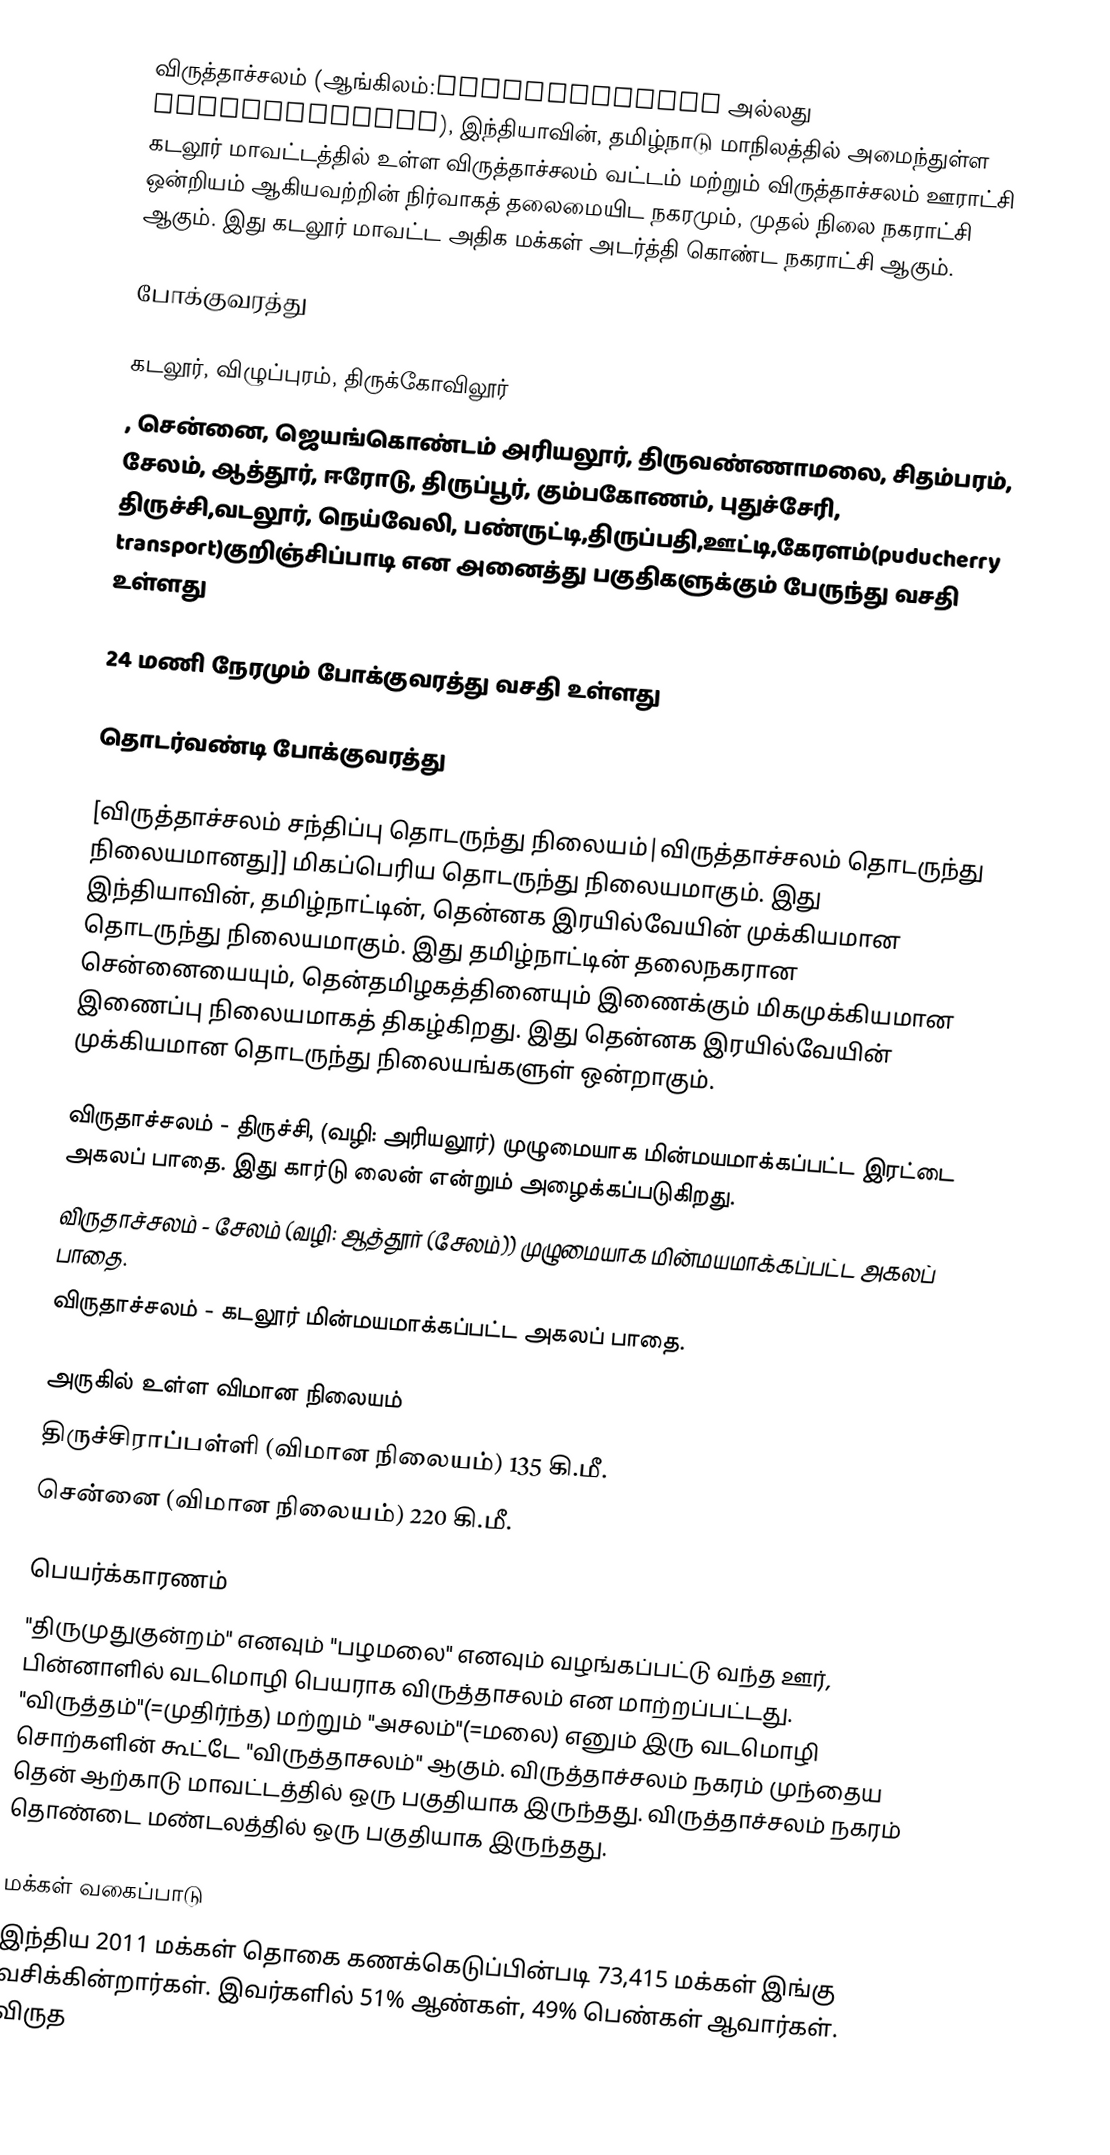
விருத்தாச்சலம் (ஆங்கிலம்:Vriddhachalam அல்லது Virudhachalam), இந்தியாவின், தமிழ்நாடு மாநிலத்தில் அமைந்துள்ள கடலூர் மாவட்டத்தில் உள்ள விருத்தாச்சலம் வட்டம் மற்றும் விருத்தாச்சலம் ஊராட்சி ஒன்றியம் ஆகியவற்றின் நிர்வாகத் தலைமையிட நகரமும், முதல் நிலை நகராட்சி ஆகும். இது கடலூர் மாவட்ட அதிக மக்கள் அடர்த்தி கொண்ட நகராட்சி ஆகும்.

போக்குவரத்து

கடலூர், விழுப்புரம், திருக்கோவிலூர்
, சென்னை, ஜெயங்கொண்டம் அரியலூர், திருவண்ணாமலை, சிதம்பரம், சேலம், ஆத்தூர், ஈரோடு, திருப்பூர், கும்பகோணம், புதுச்சேரி, திருச்சி,வடலூர், நெய்வேலி, பண்ருட்டி,திருப்பதி,ஊட்டி,கேரளம்(puducherry transport)குறிஞ்சிப்பாடி என அனைத்து பகுதிகளுக்கும் பேருந்து வசதி உள்ளது

24 மணி நேரமும் போக்குவரத்து வசதி உள்ளது

தொடர்வண்டி போக்குவரத்து

[விருத்தாச்சலம் சந்திப்பு தொடருந்து நிலையம்|விருத்தாச்சலம் தொடருந்து நிலையமானது]] மிகப்பெரிய தொடருந்து நிலையமாகும். இது இந்தியாவின், தமிழ்நாட்டின், தென்னக இரயில்வேயின் முக்கியமான தொடருந்து நிலையமாகும். இது தமிழ்நாட்டின் தலைநகரான சென்னையையும், தென்தமிழகத்தினையும் இணைக்கும் மிகமுக்கியமான இணைப்பு நிலையமாகத் திகழ்கிறது. இது தென்னக இரயில்வேயின் முக்கியமான தொடருந்து நிலையங்களுள் ஒன்றாகும்.

விருதாச்சலம் - திருச்சி, (வழி: அரியலூர்) முழுமையாக மின்மயமாக்கப்பட்ட இரட்டை அகலப் பாதை. இது கார்டு லைன் என்றும் அழைக்கப்படுகிறது.
விருதாச்சலம் - சேலம்  (வழி: ஆத்தூர் (சேலம்)) முழுமையாக மின்மயமாக்கப்பட்ட அகலப் பாதை.
விருதாச்சலம் - கடலூர் மின்மயமாக்கப்பட்ட அகலப் பாதை.

அருகில் உள்ள விமான நிலையம்
 திருச்சிராப்பள்ளி (விமான நிலையம்) 135 கி.மீ.
 சென்னை (விமான நிலையம்) 220 கி.மீ.

பெயர்க்காரணம்
"திருமுதுகுன்றம்" எனவும் "பழமலை" எனவும் வழங்கப்பட்டு வந்த ஊர், பின்னாளில் வடமொழி பெயராக விருத்தாசலம் என மாற்றப்பட்டது.  "விருத்தம்"(=முதிர்ந்த) மற்றும் "அசலம்"(=மலை) எனும் இரு வடமொழி சொற்களின் கூட்டே "விருத்தாசலம்" ஆகும். விருத்தாச்சலம் நகரம் முந்தைய தென் ஆற்காடு மாவட்டத்தில் ஒரு பகுதியாக இருந்தது. விருத்தாச்சலம் நகரம் தொண்டை மண்டலத்தில் ஒரு பகுதியாக இருந்தது.

மக்கள் வகைப்பாடு
இந்திய 2011 மக்கள் தொகை கணக்கெடுப்பின்படி 73,415 மக்கள் இங்கு வசிக்கின்றார்கள். இவர்களில் 51% ஆண்கள், 49% பெண்கள் ஆவார்கள். விருத